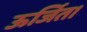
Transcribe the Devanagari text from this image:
ऊर्जित।